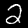
Label: 2